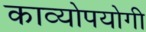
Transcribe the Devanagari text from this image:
काव्योपयोगी